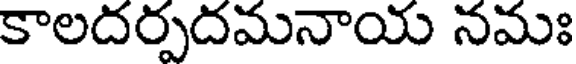
కాలదర్పదమనాయ నమః